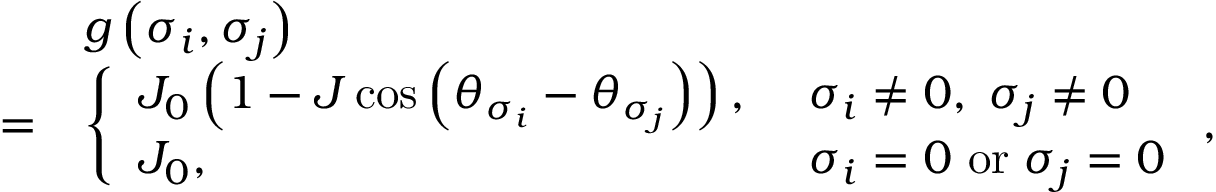
\begin{array} { r l } & { g \left( \sigma _ { i } , \sigma _ { j } \right) } \\ { = } & { \left\{ \begin{array} { l l } { J _ { 0 } \left( 1 - J \cos \left( \theta _ { \sigma _ { i } } - \theta _ { \sigma _ { j } } \right) \right) , \ } & { \sigma _ { i } \neq 0 , \; \sigma _ { j } \neq 0 } \\ { J _ { 0 } , } & { \sigma _ { i } = 0 \ \mathrm { o r } \; \sigma _ { j } = 0 } \end{array} \right. , } \end{array}